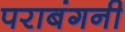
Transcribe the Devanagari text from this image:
पराबंगनी